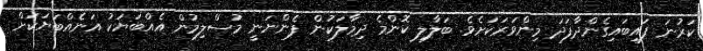
ކަރުނަ ފައިބައިގެންދާފަދަ މިންވަރަކަށެވެ. ބަލާލި ކޮންމެ ދިމާލަކުން ފެންނަނީ މުސްލިމުން އެއްބަޔަކު އަނެއްބަޔަކަށް